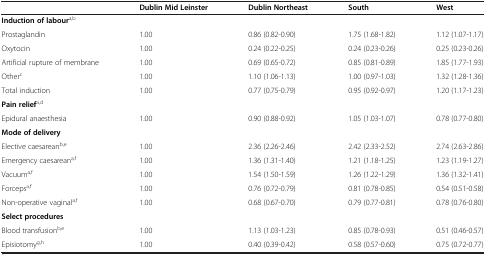
|  | Dublin Mid Leinster | Dublin Northeast | South | West |
 | --- | --- | --- | --- | --- |
 | <COLSPAN=5> Induction of laboura,b |
 | Prostaglandin | 1.00 | 0.86 (0.82-0.90) | 1.75 (1.68-1.82) | 1.12 (1.07-1.17) |
 | Oxytocin | 1.00 | 0.24 (0.22-0.25) | 0.24 (0.23-0.26) | 0.25 (0.23-0.26) |
 | Artificial rupture of membrane | 1.00 | 0.69 (0.65-0.72) | 0.85 (0.81-0.89) | 1.85 (1.77-1.93) |
 | Otherc | 1.00 | 1.10 (1.06-1.13) | 1.00 (0.97-1.03) | 1.32 (1.28-1.36) |
 | Total induction | 1.00 | 0.77 (0.75-0.79) | 0.95 (0.92-0.97) | 1.20 (1.17-1.23) |
 | <COLSPAN=5> Pain reliefa,d |
 | Epidural anaesthesia | 1.00 | 0.90 (0.88-0.92) | 1.05 (1.03-1.07) | 0.78 (0.77-0.80) |
 | <COLSPAN=5> Mode of delivery |
 | Elective caesareanb,e | 1.00 | 2.36 (2.26-2.46) | 2.42 (2.33-2.52) | 2.74 (2.63-2.86) |
 | Emergency caesareana,f | 1.00 | 1.36 (1.31-1.40) | 1.21 (1.18-1.25) | 1.23 (1.19-1.27) |
 | Vacuuma,f | 1.00 | 1.54 (1.50-1.59) | 1.26 (1.22-1.29) | 1.36 (1.32-1.41) |
 | Forcepsa,f | 1.00 | 0.76 (0.72-0.79) | 0.81 (0.78-0.85) | 0.54 (0.51-0.58) |
 | Non-operative vaginala,f | 1.00 | 0.68 (0.67-0.70) | 0.79 (0.77-0.81) | 0.78 (0.76-0.80) |
 | <COLSPAN=5> Select procedures |
 | Blood transfusionb,e | 1.00 | 1.13 (1.03-1.23) | 0.85 (0.78-0.93) | 0.51 (0.46-0.57) |
 | Episiotomyg,h | 1.00 | 0.40 (0.39-0.42) | 0.58 (0.57-0.60) | 0.75 (0.72-0.77) |